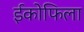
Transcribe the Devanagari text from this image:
ईकोफिला